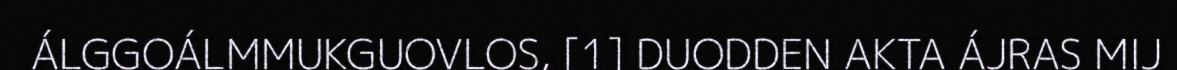
ÁLGGOÁLMMUKGUOVLOS, [1] DUODDEN AKTA ÁJRAS MIJ